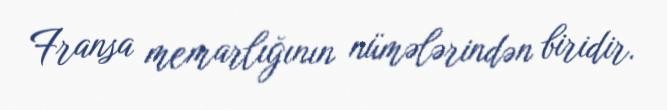
Fransa memarlığının nümələrindən biridir.